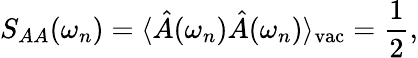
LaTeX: S_{AA}(\omega_{n})=\langle\hat{A}(\omega_{n})\hat{A}(\omega_{n})\rangle_{\mathrm{vac}}=\frac{1}{2},